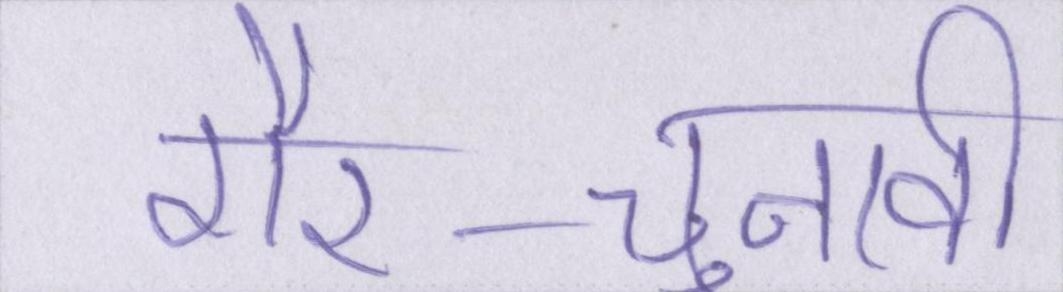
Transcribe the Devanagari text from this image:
गैर-चुनावी